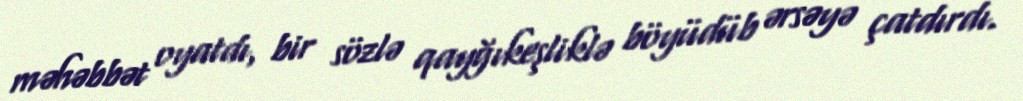
məhəbbət oyatdı, bir sözlə qayğıkeşliklə böyüdüb ərsəyə çatdırdı.